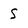
Character: S